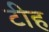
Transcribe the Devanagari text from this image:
टीह